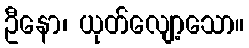
ဦနော၊ ယုတ်လျော့သော။